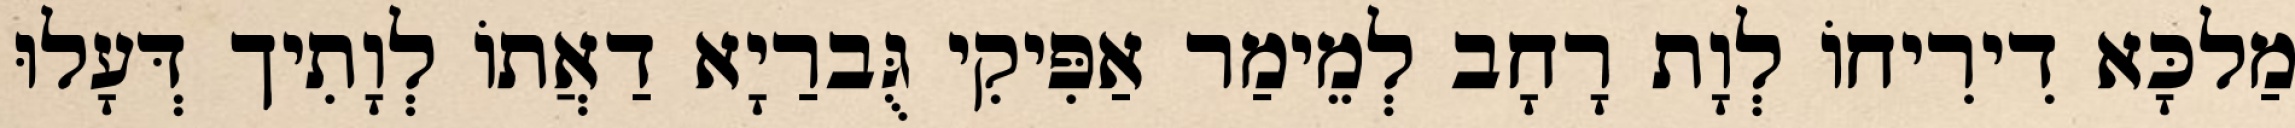
מַלכָּא דִירִיחוֹ לְוָת רָחָב לְמֵימַר אַפִּיקִי גֻּברַיָא דַאֲתוֹ לְוָתִיך דְּעָלוּ